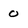
Character: 0